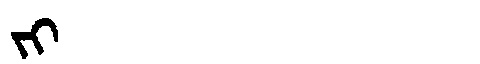
Manchu: ᠵᡳ
Romanization: JI